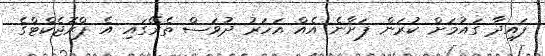
ފައިދާ ގައުމަށް ކުރަން ފަށާނެ އެއް އަހަރު ދުވަސް ތެރޭގައި އެ ޕްރޮޖެކްޓްގެ